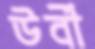
উর্বী